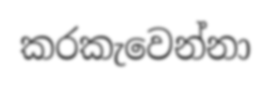
කරකැවෙන්නා